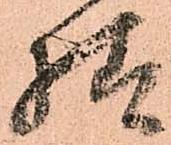
様